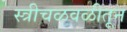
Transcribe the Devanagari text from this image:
स्त्रीचळवळीतून